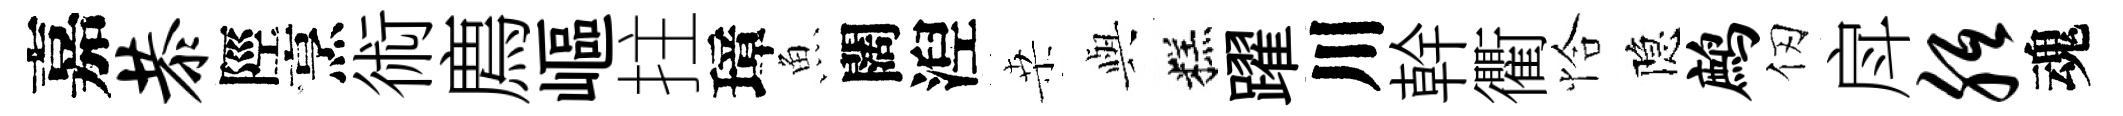
嘉恭陘烹術廌嶇拄璋魚闊湼桒𫤰糕躍川幹衢恰隐鹧仞戽胝魂